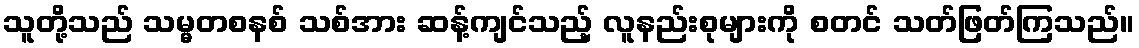
သူတို့သည် သမ္မတစနစ် သစ်အား ဆန့်ကျင်သည့် လူနည်းစုများကို စတင် သတ်ဖြတ်ကြသည်။